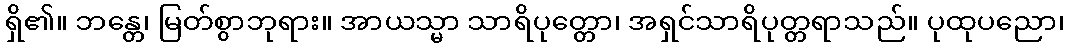
ရှိ၏။ ဘန္တေ၊ မြတ်စွာဘုရား။ အာယသ္မာ သာရိပုတ္တော၊ အရှင်သာရိပုတ္တရာသည်။ ပုထုပညော၊